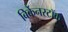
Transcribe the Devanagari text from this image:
बिर्केनस्टॉक